Civil Veterinary Department Bengal reports 1933-51 - 1933-1951
Year: 1933
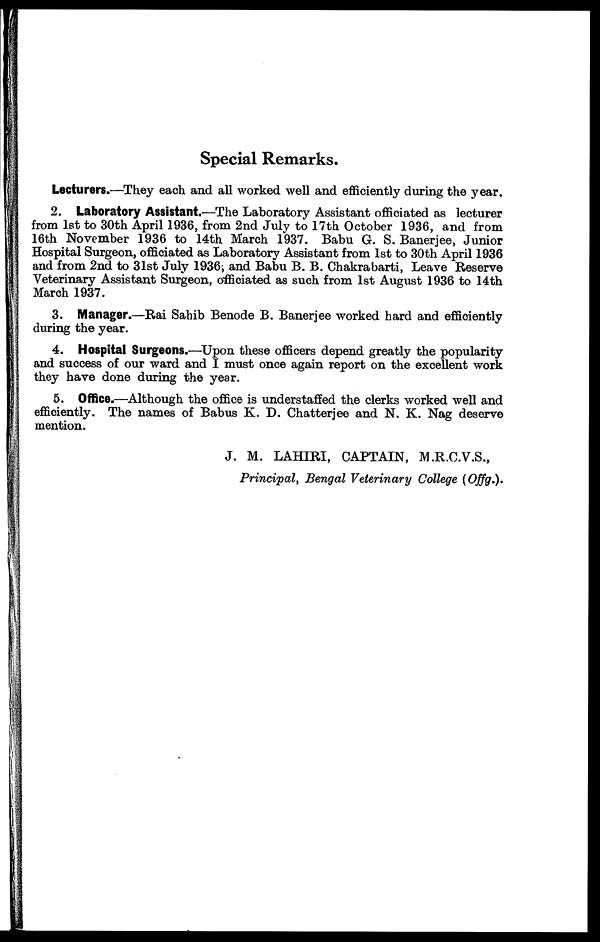
Special Remarks.
Lecturers.—They each and all worked well and efficiently during the year.
2. Laboratory Assistant.—The Laboratory Assistant officiated as lecturer
from 1st to 30th April 1936, from 2nd July to 17th October 1936, and from
16th November 1936 to 14th March 1937. Babu G. S. Banerjee, Junior
Hospital Surgeon, officiated as Laboratory Assistant from 1st to 30th April 1936
and from 2nd to 31st July 1936; and Babu B. B. Chakrabarti, Leave Reserve
Veterinary Assistant Surgeon, officiated as such from 1st August 1936 to 14th
March 1937.
3. Manager.—Rai Sahib Benode B. Banerjee worked hard and efficiently
during the year.
4. Hospital Surgeons.—Upon these officers depend greatly the popularity
and success of our ward and I must once again report on the excellent work
they have done during the year.
5. Office.—Although the office is understaffed the clerks worked well and
efficiently. The names of Babus K. D. Chatterjee and N. K. Nag deserve
mention.
J. M. LAHIRI, CAPTAIN, M.R.C.V.S.,
Principal, Bengal Veterinary College (Ojfg.).